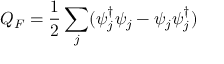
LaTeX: Q _ { F } = \frac { 1 } { 2 } \sum _ { j } ( \psi _ { j } ^ { \dagger } \psi _ { j } - \psi _ { j } \psi _ { j } ^ { \dagger } )